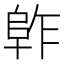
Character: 𱀈